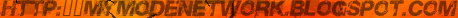
HTTP:||MYMODENETWORK.BOLGSPOT.COM